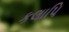
કલાપિ